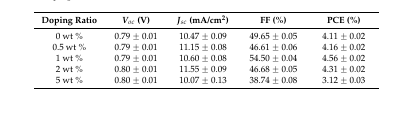
<table><thead><tr><td><b>Doping Ratio</b></td><td><b><i>V<sub>oc</sub></i> (V)</b></td><td><b><i>J<sub>sc</sub></i> (mA/cm<sup>2</sup>)</b></td><td><b>FF (%)</b></td><td><b>PCE (%)</b></td></tr></thead><tbody><tr><td>0 wt %</td><td>0.79 ± 0.01</td><td>10.47 ± 0.09</td><td>49.65 ± 0.05</td><td>4.11 ± 0.02</td></tr><tr><td>0.5 wt %</td><td>0.79 ± 0.01</td><td>11.15 ± 0.08</td><td>46.61 ± 0.06</td><td>4.16 ± 0.02</td></tr><tr><td>1 wt %</td><td>0.79 ± 0.01</td><td>10.60 ± 0.08</td><td>54.50 ± 0.04</td><td>4.56 ± 0.02</td></tr><tr><td>2 wt %</td><td>0.80 ± 0.01</td><td>11.55 ± 0.09</td><td>46.68 ± 0.05</td><td>4.31 ± 0.02</td></tr><tr><td>5 wt %</td><td>0.80 ± 0.01</td><td>10.07 ± 0.13</td><td>38.74 ± 0.08</td><td>3.12 ± 0.03</td></tr></tbody></table>